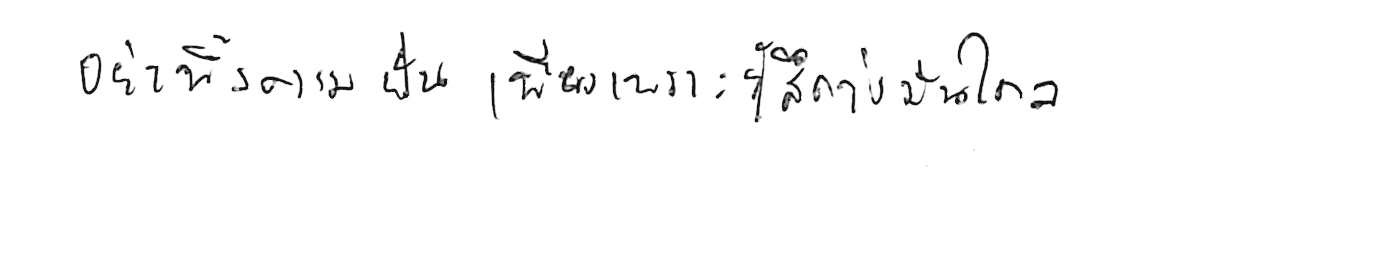
อย่าทิ้งความฝัน เพียงเพราะรู้สึกว่ามันไกล